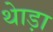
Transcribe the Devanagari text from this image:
थेाड़ा